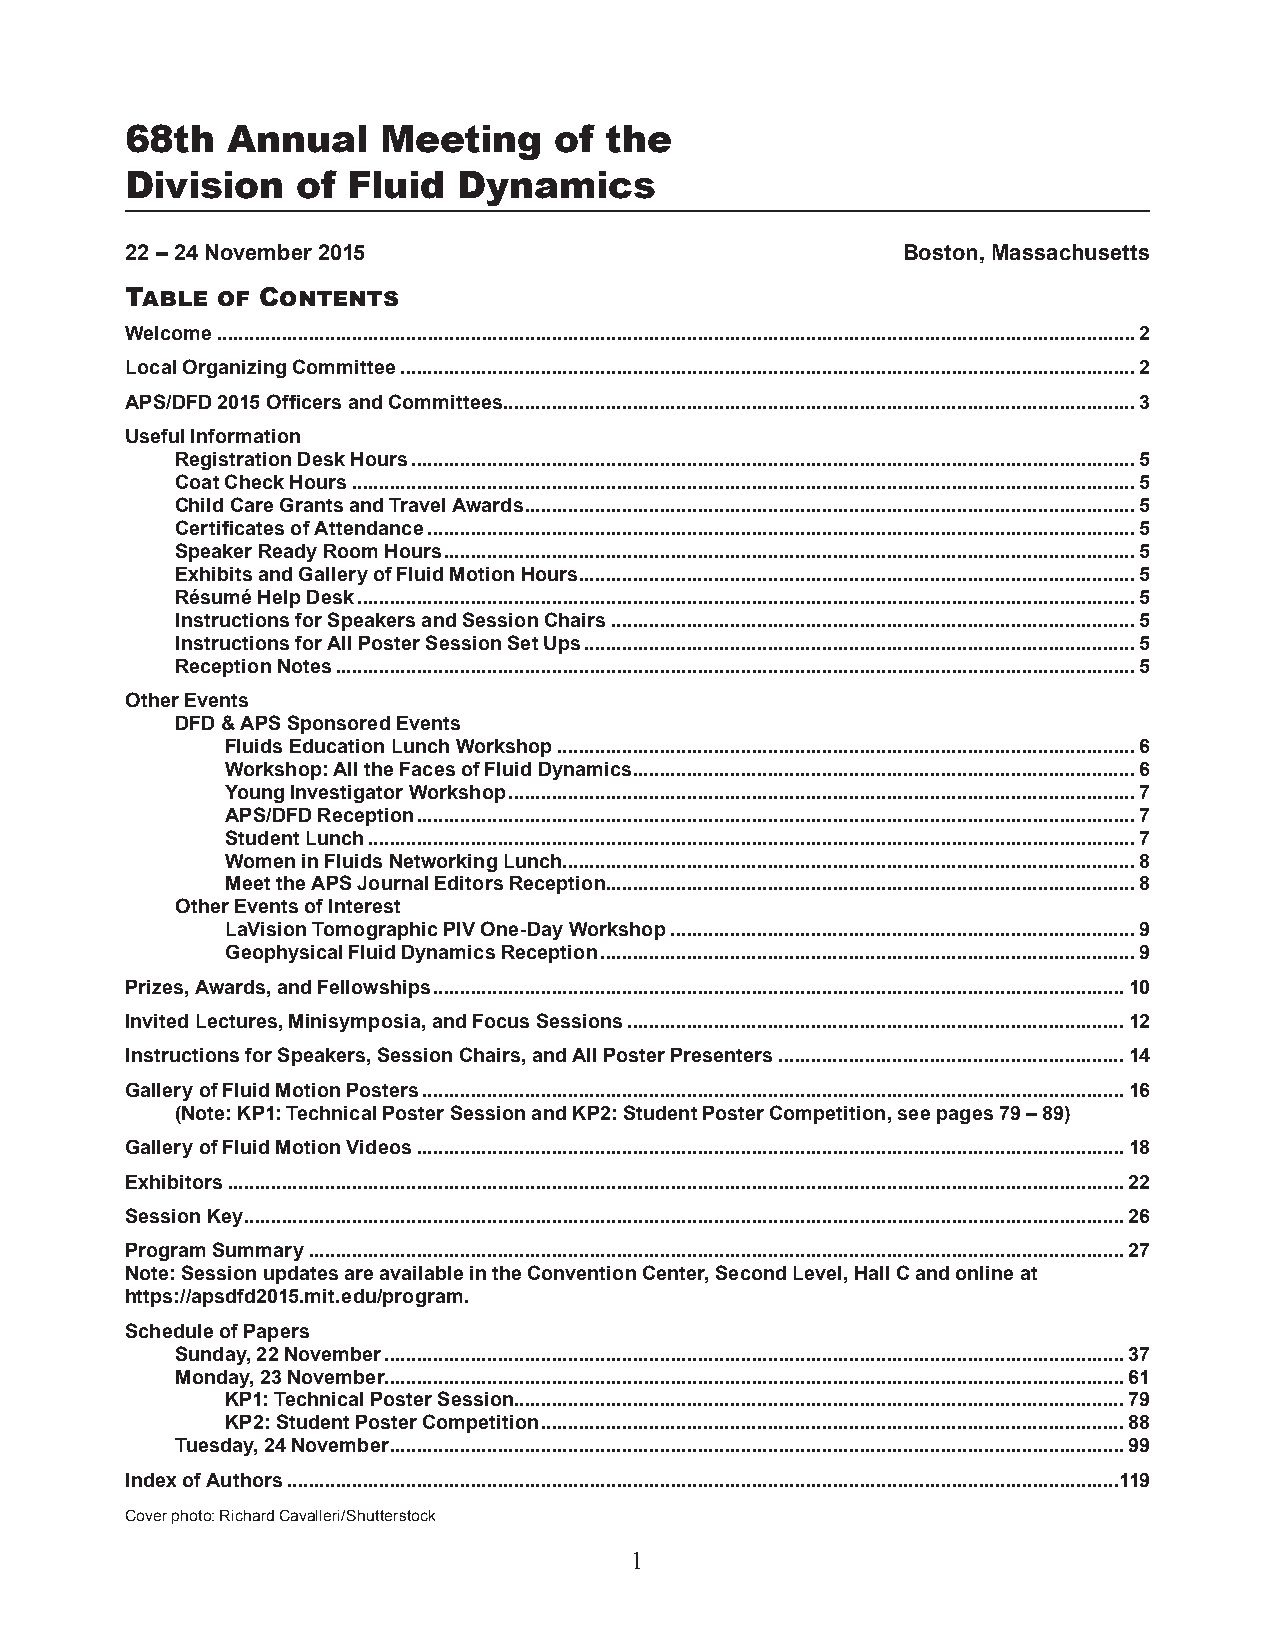
68th   Annual    Meeting     of the
 Division    of Fluid  Dynamics
 22 – 24 November 2015                               Boston, Massachusetts
 Table of Contents
 Welcome ..........................................................................................................................................................................2
 Local Organizing Committee ........................................................................................................................................2
 APS/DFD 2015 Officers and Committees.....................................................................................................................3
 Useful Information
 Registration Desk Hours ......................................................................................................................................5
 Coat Check Hours .................................................................................................................................................5
 Child Care Grants and Travel Awards .................................................................................................................5
 Certificates of Attendance ...................................................................................................................................5
 Speaker Ready Room Hours ................................................................................................................................5
 Exhibits and Gallery of Fluid Motion Hours .......................................................................................................5
 Résumé Help Desk ................................................................................................................................................5
 Instructions for Speakers and Session Chairs .................................................................................................5
 Instructions for All Poster Session Set Ups ......................................................................................................5
 Reception Notes ....................................................................................................................................................5
 Other Events
 DFD & APS Sponsored Events
 Fluids Education Lunch Workshop ...........................................................................................................6
 Workshop: All the Faces of Fluid Dynamics .............................................................................................6
 Young Investigator Workshop ....................................................................................................................7
 APS/DFD Reception .....................................................................................................................................7
 Student Lunch ..............................................................................................................................................7
 Women in Fluids Networking Lunch..........................................................................................................8
 Meet the APS Journal Editors Reception ..................................................................................................8
 Other Events of Interest
 LaVision Tomographic PIV One-Day Workshop ......................................................................................9
 Geophysical Fluid Dynamics Reception ...................................................................................................9
 Prizes, Awards, and Fellowships ................................................................................................................................10
 Invited Lectures, Minisymposia, and Focus Sessions ............................................................................................12
 Instructions for Speakers, Session Chairs, and All Poster Presenters ................................................................14
 Gallery of Fluid Motion Posters ..................................................................................................................................16
 (Note: KP1: Technical Poster Session and KP2: Student Poster Competition, see pages 79 – 89)
 Gallery of Fluid Motion Videos ...................................................................................................................................18
 Exhibitors ......................................................................................................................................................................22
 Session Key ...................................................................................................................................................................26
 Program Summary .......................................................................................................................................................27
 Note: Session updates are available in the Convention Center, Second Level, Hall C and online at
 https://apsdfd2015.mit.edu/program.
 Schedule of Papers
 Sunday, 22 November .........................................................................................................................................37
 Monday, 23 November.........................................................................................................................................61
 KP1: Technical Poster Session.................................................................................................................79
 KP2: Student Poster Competition ............................................................................................................88
 Tuesday, 24 November ........................................................................................................................................99
 Index of Authors ..........................................................................................................................................................119
 Cover photo: Richard Cavalleri/Shutterstock
 1